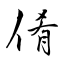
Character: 倄